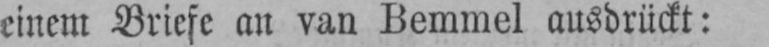
einem Briefe an van Bemmel ausdrückt: